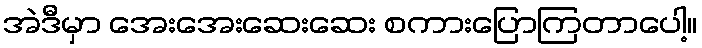
အဲဒီမှာ အေးအေးဆေးဆေး စကားပြောကြတာပေါ့။